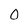
Character: 0